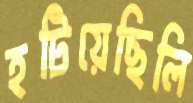
হটিয়েছিলি